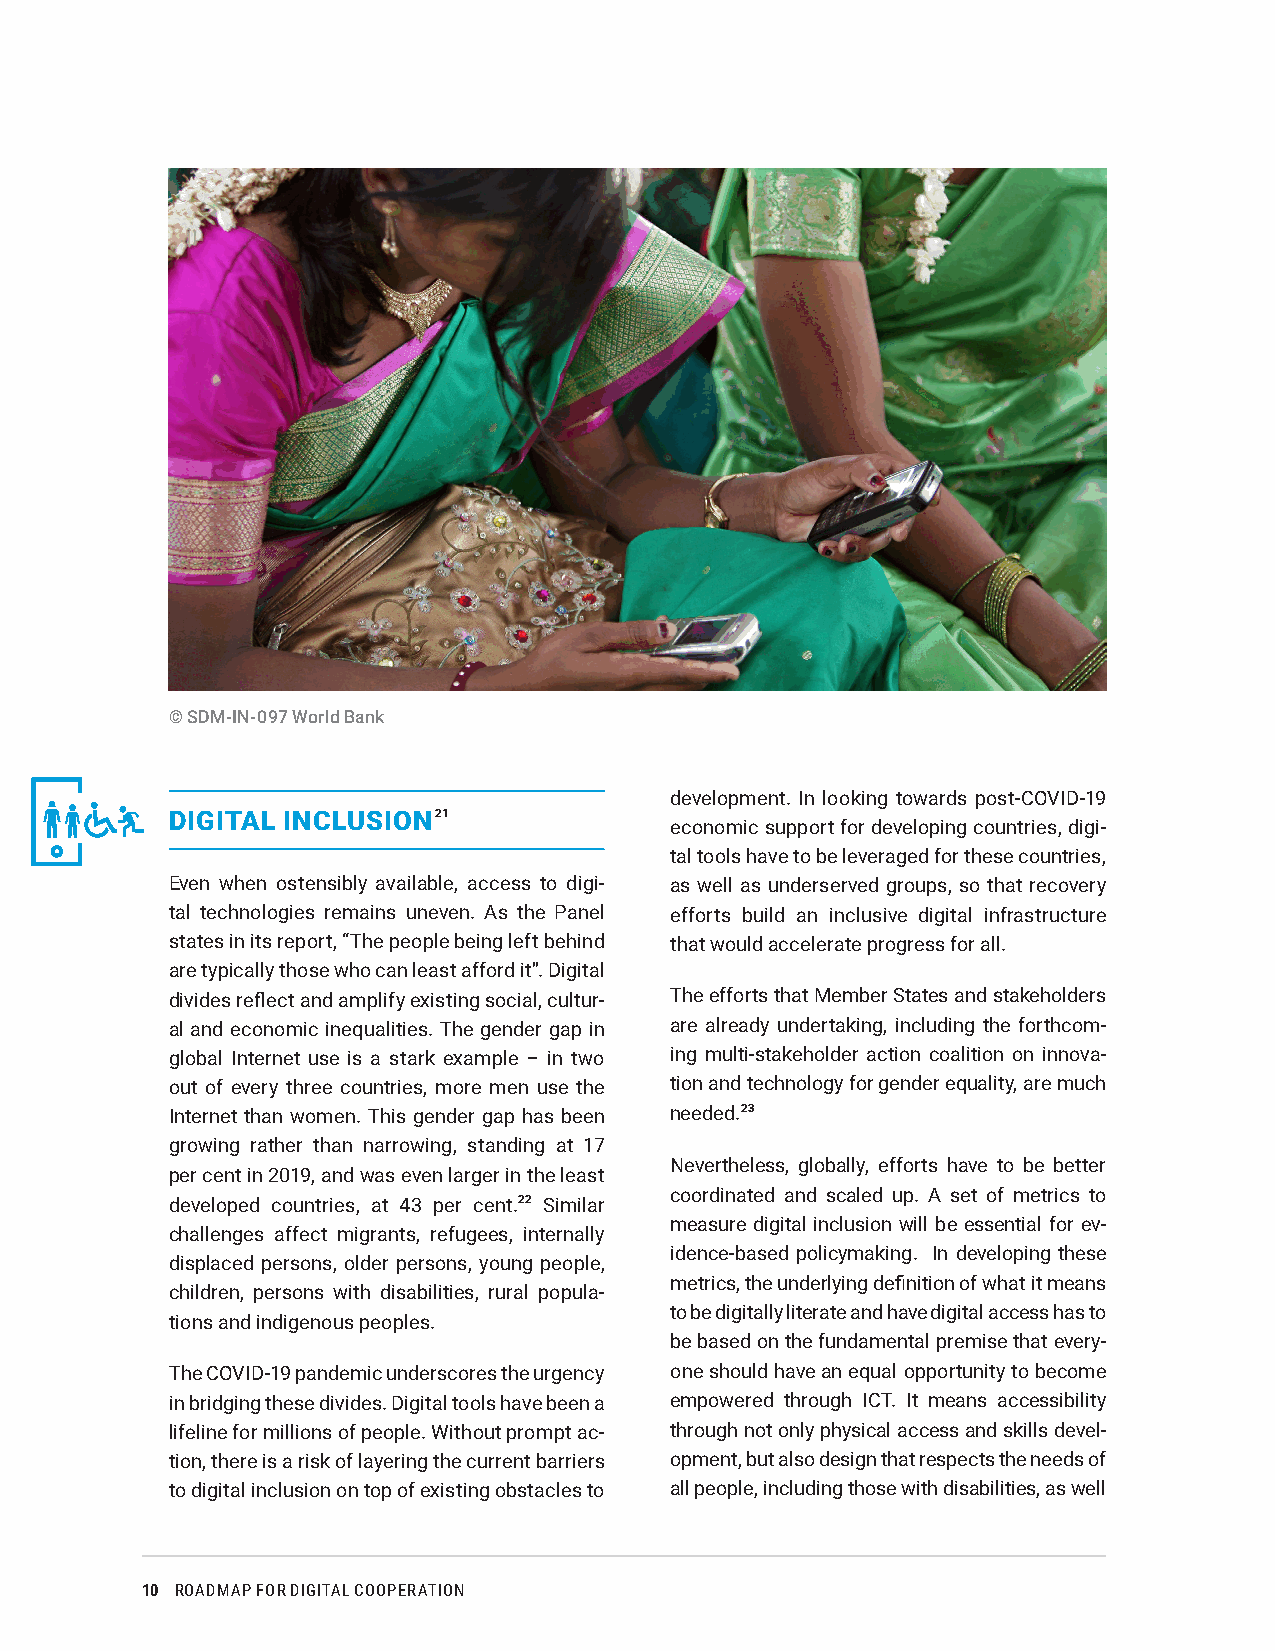
© SDM-IN-097 World Bank
 development. In looking towards post-COVID-19
 DIGITAL INCLUSION 21
 economic support for developing countries, digi-
 tal tools have to be leveraged for these countries,
 Even when ostensibly available, access to digi- as well as underserved groups, so that recovery
 tal technologies remains uneven. As the Panel efforts build an inclusive digital infrastructure
 states in its report, “The people being left behind that would accelerate progress for all.
 are typically those who can least afford it”. Digital
 divides reflect and amplify existing social, cultur- The efforts that Member States and stakeholders
 al and economic inequalities. The gender gap in are already undertaking, including the forthcom-
 global Internet use is a stark example – in two ing multi-stakeholder action coalition on innova-
 out of every three countries, more men use the tion and technology for gender equality, are much
 Internet than women. This gender gap has been needed.23
 growing rather than narrowing, standing at 17
 Nevertheless, globally, efforts have to be better
 per cent in 2019, and was even larger in the least
 coordinated and scaled up. A set of metrics to
 developed countries, at 43 per cent.22 Similar
 measure digital inclusion will be essential for ev-
 challenges affect migrants, refugees, internally
 idence-based policymaking. In developing these
 displaced persons, older persons, young people,
 metrics, the underlying definition of what it means
 children, persons with disabilities, rural popula-
 to be digitally literate and have digital access has to
 tions and indigenous peoples.
 be based on the fundamental premise that every-
 The COVID-19 pandemic underscores the urgency one should have an equal opportunity to become
 in bridging these divides. Digital tools have been a empowered through ICT. It means accessibility
 lifeline for millions of people. Without prompt ac- through not only physical access and skills devel-
 tion, there is a risk of layering the current barriers opment, but also design that respects the needs of
 to digital inclusion on top of existing obstacles to all people, including those with disabilities, as well
 10 ROADMAP FOR DIGITAL COOPERATION